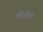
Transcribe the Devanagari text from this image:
होटींग